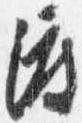
渡